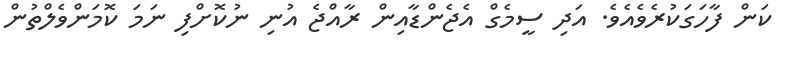
ކަން ފާހަގަކުރެވެއެވެ. އަދި ސީމެގް އެޖެންޑާއިން ރާއްޖެ އުނި ނުކޮށްފި ނަމަ ކޮމަންވެލްތުން